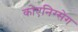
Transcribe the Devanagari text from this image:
कोएनिग्सेग